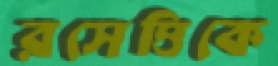
রসেত্তিকে